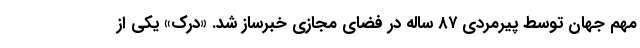
مهم جهان توسط پیرمردی ۸۷ ساله در فضای مجازی خبرساز شد. «درک» یکی از